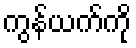
ကွန်ယက်ကို